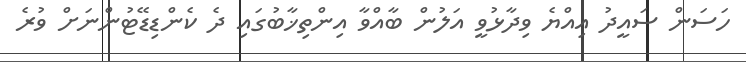
ހަސަން ސައީދު އިއްޔެ ވިދާޅުވީ އަލުން ބާއްވާ އިންތިޚާބުގައި ދެ ކެންޑިޑޭޓުންނަށް ވުރެ